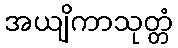
အယျိကာသုတ္တံ